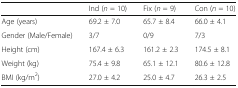
|  | Ind (n = 10) | Fix (n = 9) | Con (n = 10) |
 | --- | --- | --- | --- |
 | Age (years) | 69.2 ± 7.0 | 65.7 ± 8.4 | 66.0 ± 4.1 |
 | Gender (Male/Female) | 3/7 | 0/9 | 7/3 |
 | Height (cm) | 167.4 ± 6.3 | 161.2 ± 2.3 | 174.5 ± 8.1 |
 | Weight (kg) | 75.4 ± 9.8 | 65.1 ± 12.1 | 80.6 ± 12.8 |
 | BMI (kg/m2) | 27.0 ± 4.2 | 25.0 ± 4.7 | 26.3 ± 2.5 |